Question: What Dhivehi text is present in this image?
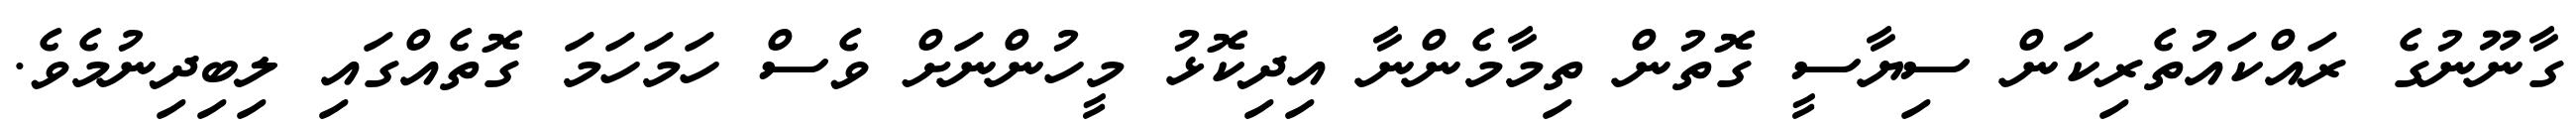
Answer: ގާނޫނުގެ ރައްކައުތެރިކަން ސިޔާސީ ގޮތުން ތިމާމެންނާ އިދިކޮޅު މީހުންނަށް ވެސް ހަމަހަމަ ގޮތެއްގައި ލިބިދިނުމެވެ.